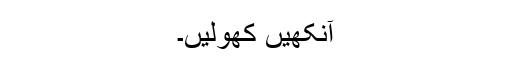
آنکھیں کھولیں۔